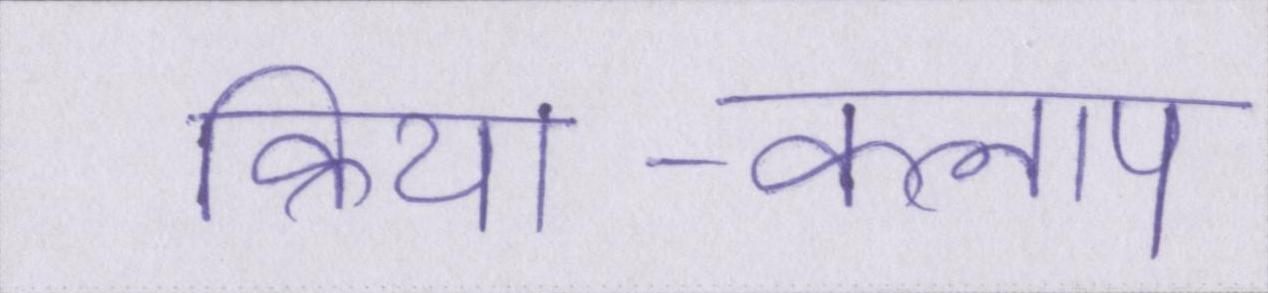
क्रिया-कलाप